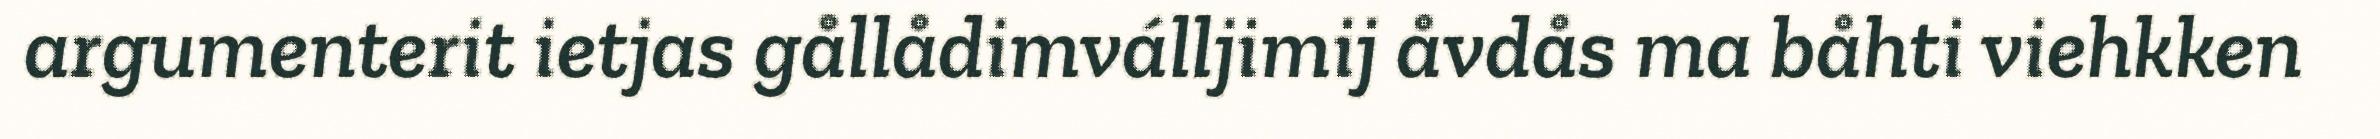
argumenterit ietjas gållådimválljimij åvdås ma båhti viehkken